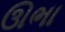
ઊભા